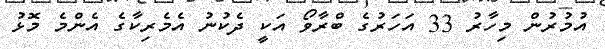
އުމުރުން މިހާރު 33 އަހަރުގެ ބްރާވޯ އަކީ ދެކުނު އެމެރިކާގެ އެންމެ މޮޅު